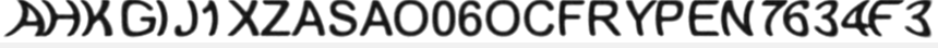
AHKGIJ1XZASAO06OCFRYPEN7634F3